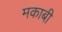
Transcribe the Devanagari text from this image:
मकाबी